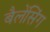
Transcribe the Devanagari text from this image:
बैलेंसिंग